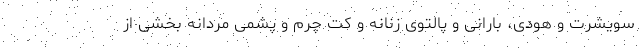
سویشرت و هودی، بارانی و پالتوی زنانه و کت چرم و پشمی مردانه بخشی از